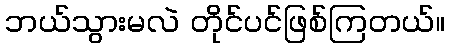
ဘယ်သွားမလဲ တိုင်ပင်ဖြစ်ကြတယ်။